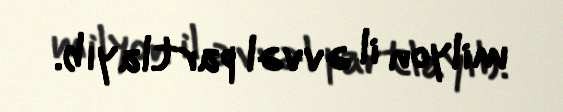
milyon il əvvəl partlayıb.